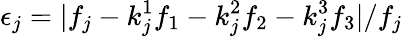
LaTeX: \epsilon_{j}=|f_{j}-k_{j}^{1}f_{1}-k_{j}^{2}f_{2}-k_{j}^{3}f_{3}|/f_{j}